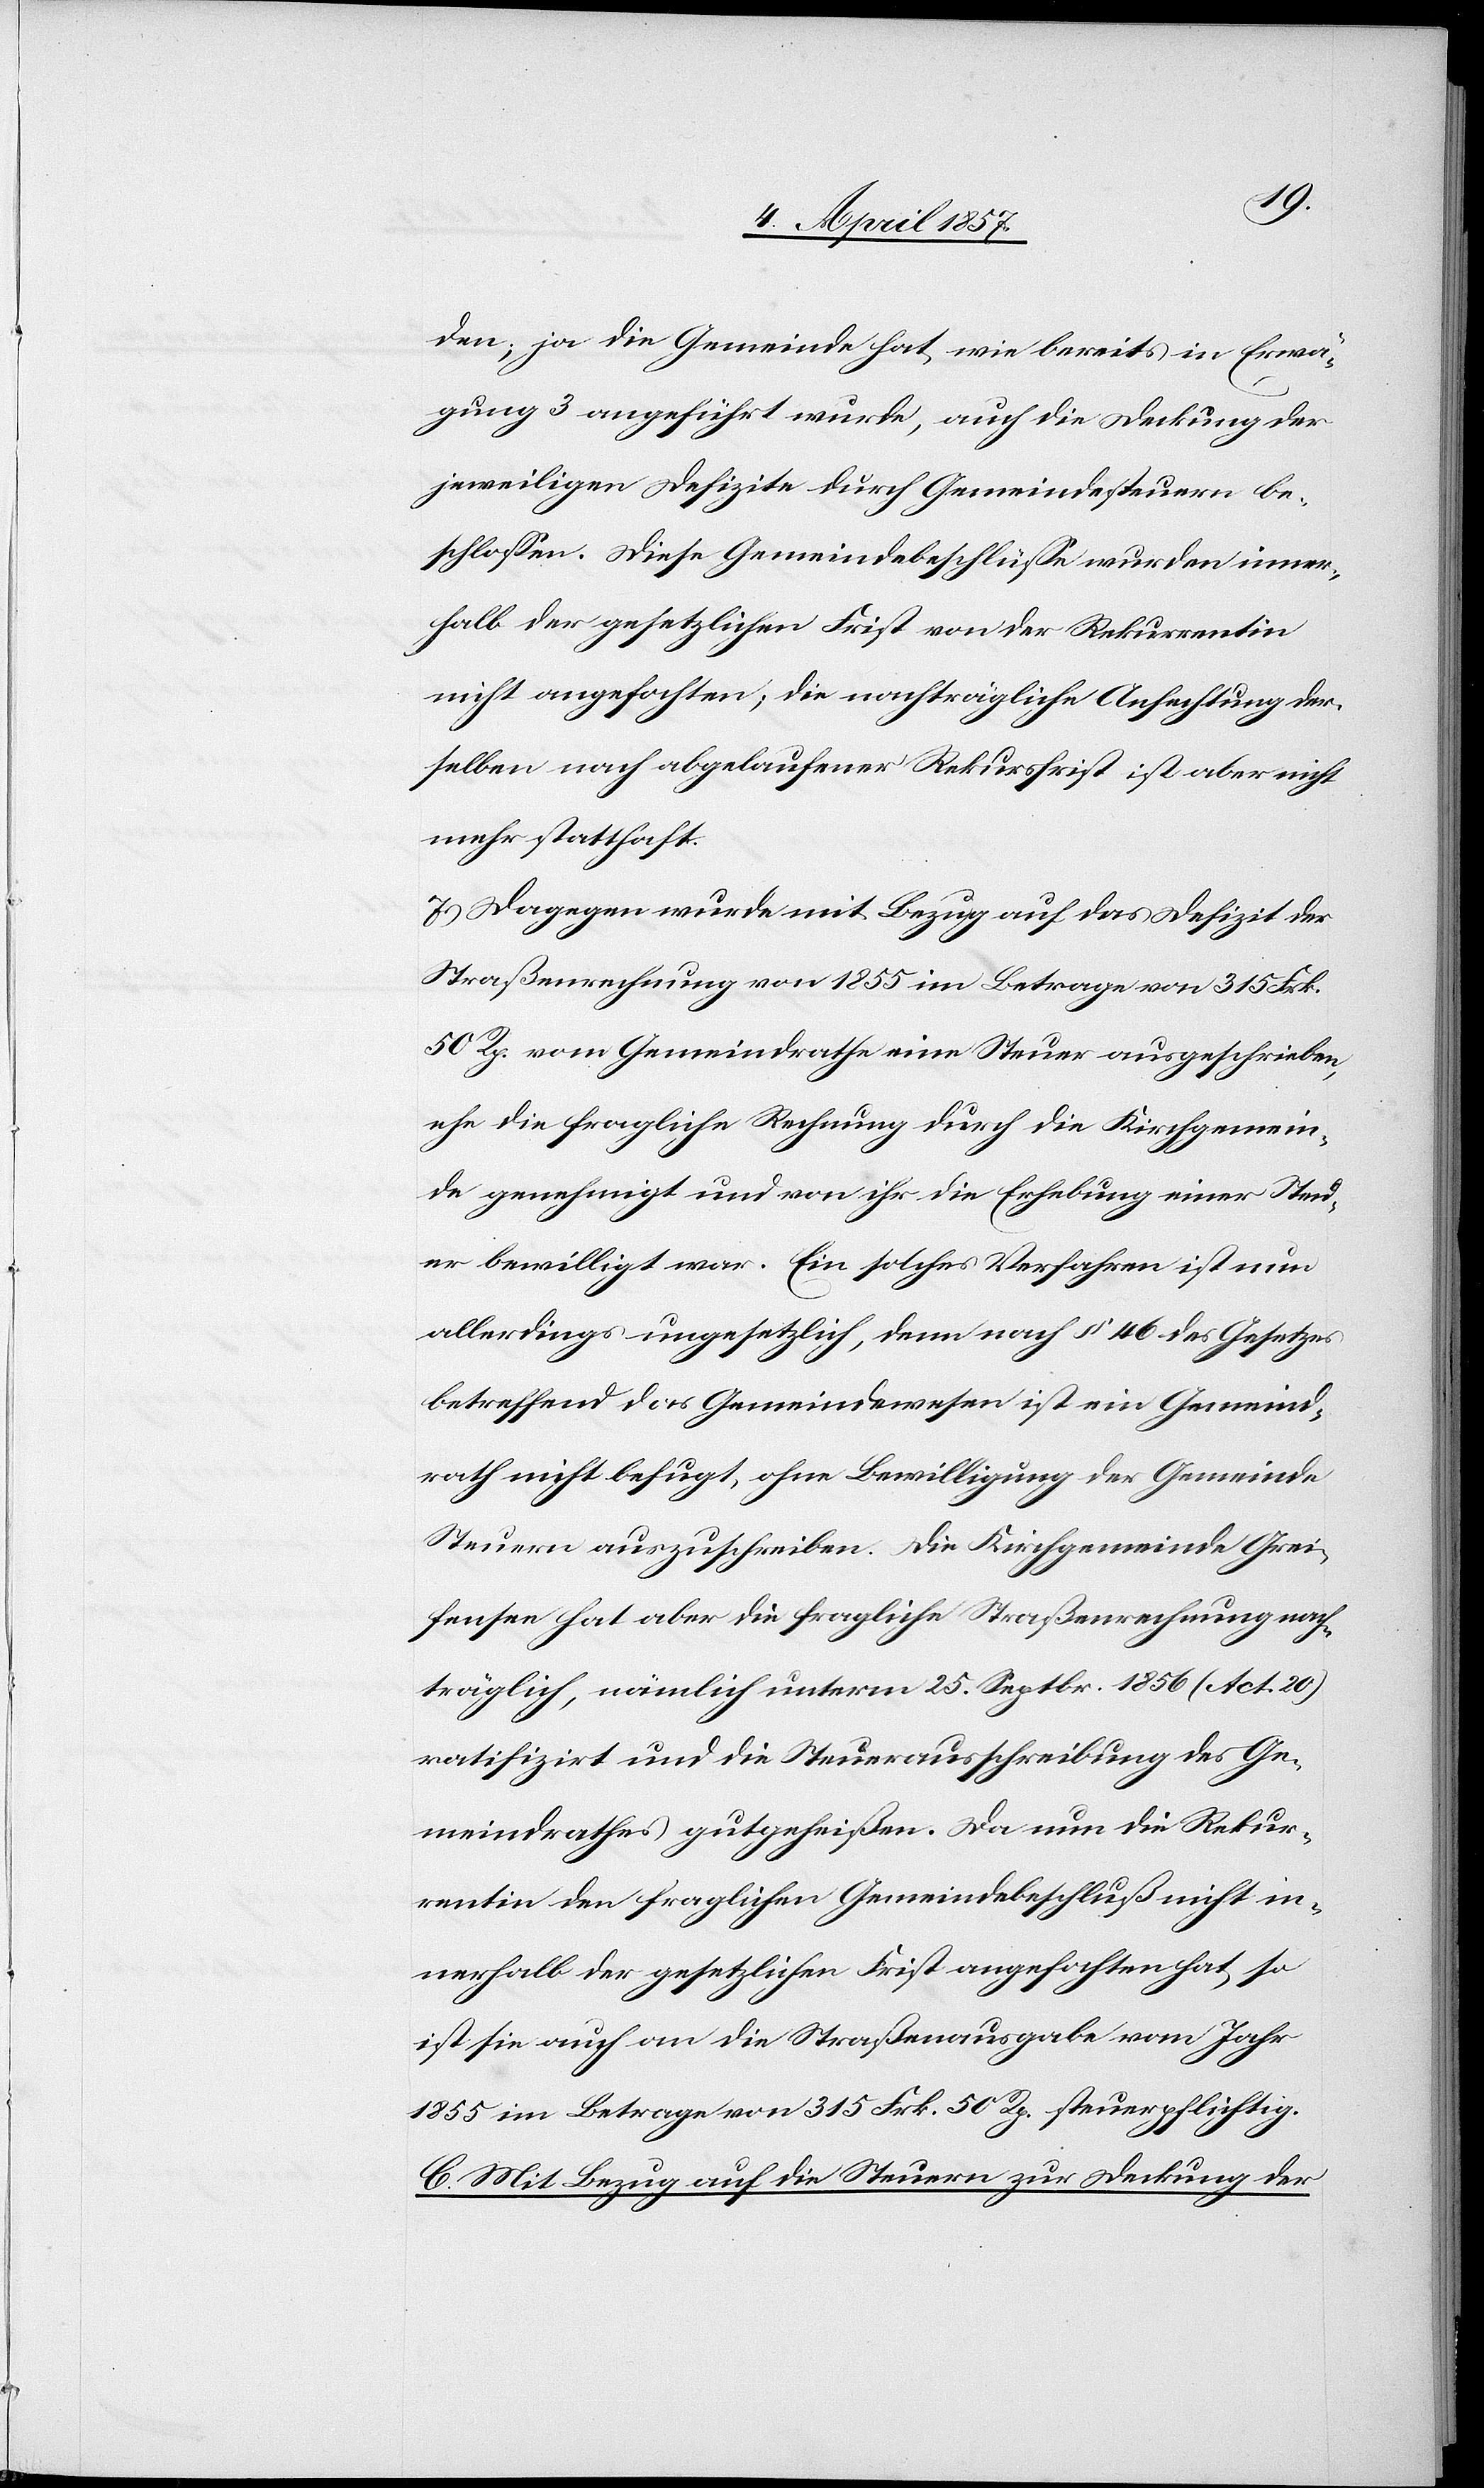
den; ja die Gemeinde hat wie bereits in Erwä¬
gung 3 angeführt wurde, auch die Deckung der
jeweiligen Defizite durch Gemeindesteuern be¬
schlossen. Diese Gemeindebeschlüsse wurden inner¬
halb der gesetzlichen Frist von der Rekurrentin
nicht angefochten; die nachträgliche Anfechtung der¬
selben nach abgelaufener Rekursfrist ist aber nicht
mehr statthaft.
7.) Dagegen wurde mit Bezug auf das Defizit der
Straßenrechnung von 1855 im Betrage von 315 Frk.
50 Rp. vom Gemeindrath eine Steuer ausgeschrieben,
ehe die fragliche Rechnung durch die Kirchgemein¬
de genehmigt und von ihr die Erhebung einer Steu¬
er bewilligt war. Ein solches Verfahren ist nun
allerdings ungesetzlich, denn nach § 46 des Gesetzes
betreffend das Gemeindewesen ist ein Gemeind¬
rath nicht befugt, ohne Bewilligung der Gemeinde
Steuern auszuschreiben. Die Kirchgemeinde Grei¬
fensee hat aber die fragliche Straßenrechnung nach¬
träglich, nämlich unterm 25. Septbr. 1856 (Act. 20)
ratifizirt und die Steuerausschreibung des Ge¬
meindrathes gutgeheißen. Da nun die Rekur¬
rentin den fraglichen Gemeindebeschluß nicht in¬
nerhalb der gesetzlichen Frist angefochten hat, so
ist sie auch an die Straßenausgabe vom Jahr
1855 im Betrage von 315 Frk. 50 Rp. steuerpflichtig.
C. Mit Bezug auf die Steuern zur Deckung der